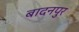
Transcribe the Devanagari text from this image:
बादनपुर